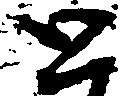
と